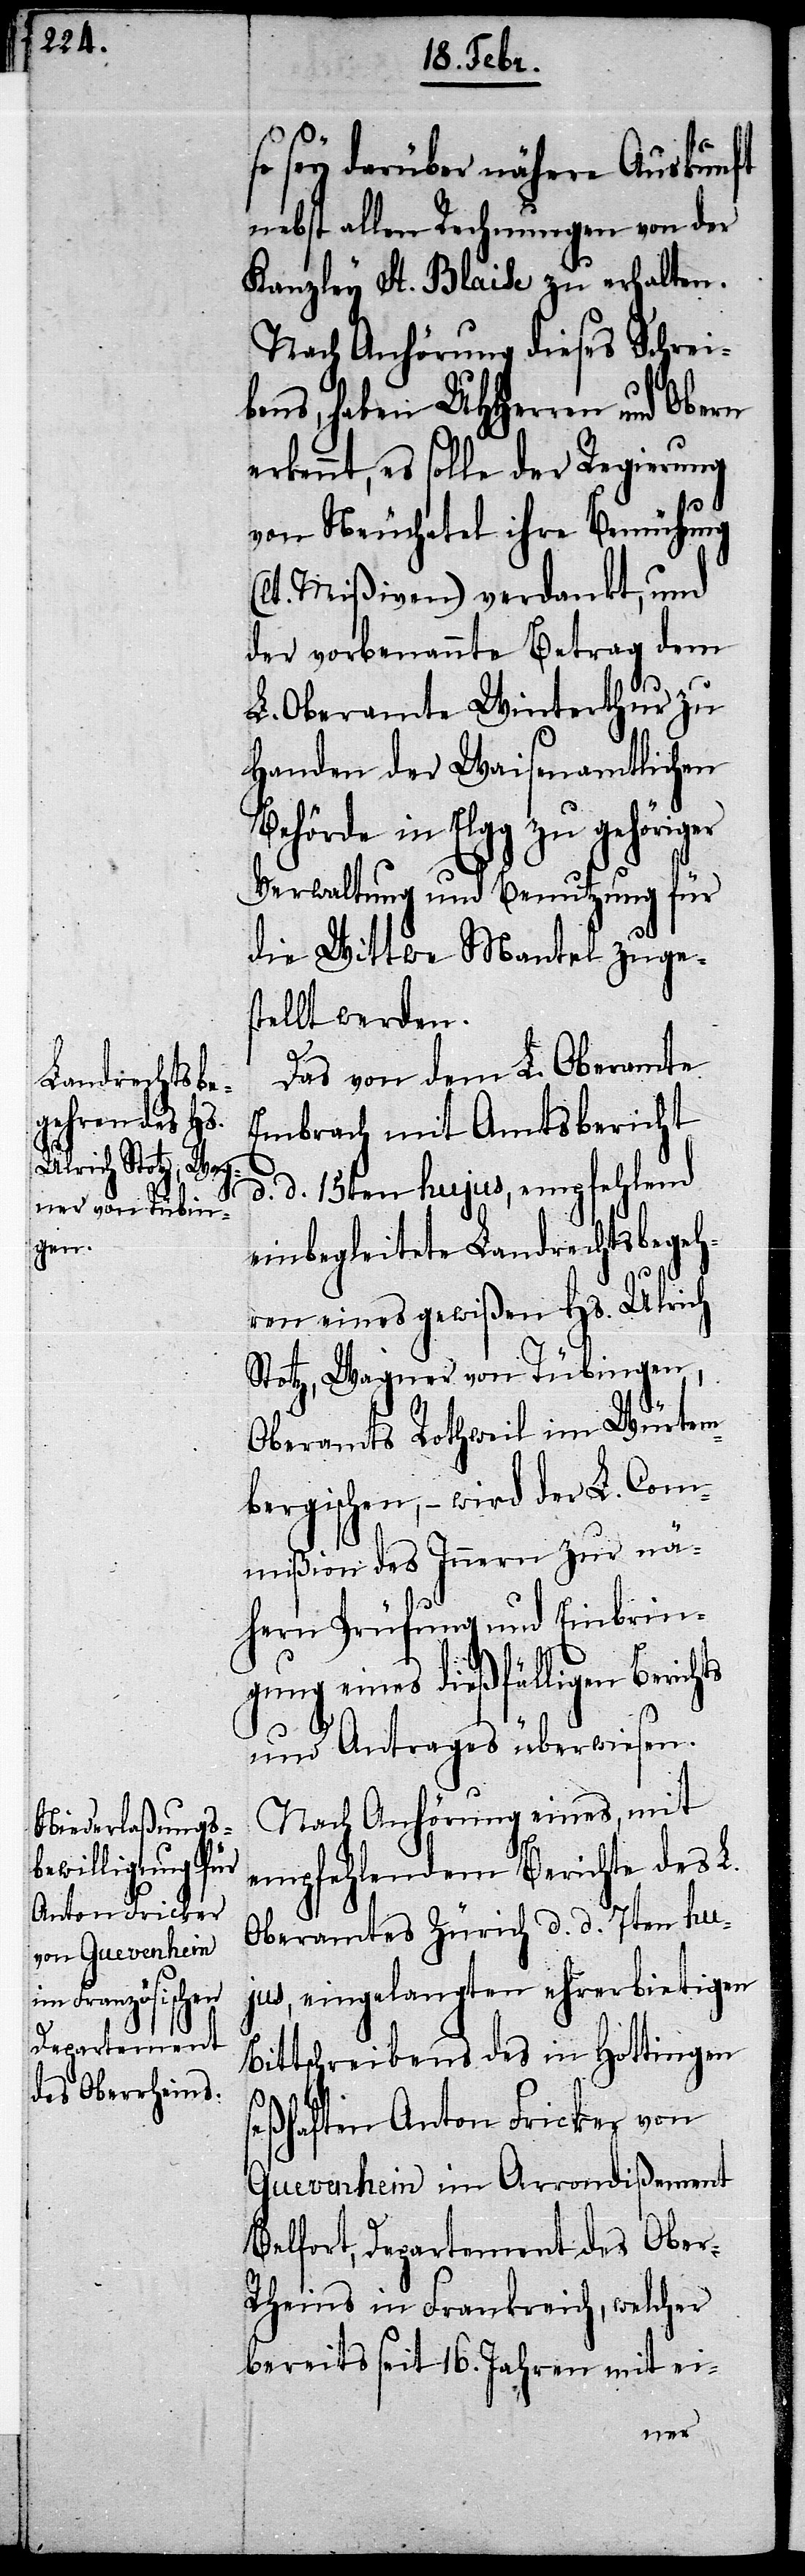
so sey darüber nähere Auskunft
nebst allen Rechnungen von der
Kanzley St. Blaise zu erhalten.
Nach Anhörung dieses Schrei¬
bens, haben UHHerren und Obern
es solle der Regierung
von Neuchatel ihre Bemühung
(lt. Mißiven) verdankt, und
der vorbenannte Betrag dem
L. Oberamte Winterthur zu
Handen der Waisenamtlichen
Behörde in Elgg zu gehöriger
Verwaltung und Benutzung für
die Wittwe Mantel zuge¬
stellt werden.
Das von dem L. Oberamte
Embrach mit Amtsbericht
d. d. 15ten hujus, empfehlend
einbegleitete Landrechtsbegeh¬
ren eines gewißen Hs. Ulrich
Stotz, Wagner von Tübingen,
Oberamts Rothweil im Würtem¬
bergischen, – wird der L. Com¬
mißion des Innern zur nä¬
hern Prüfung und Einbrin¬
gung eines dießfälligen Berichts
und Antrages überwiesen.
Nach Anhörung eines, mit
empfehlendem Berichte des L.
Oberamtes Zürich d. d. 7ten hu¬
jus, eingelangten ehrerbietigen
Bittschreibens des in Hottingen
seßhaften Anton Fricker von
Guevenhein im Arrondißement
Belfort, Departement des Ober-R¬
heins in Frankreich, welcher
bereits seit 16. Jahren mit ei-